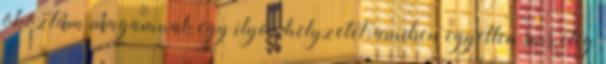
okoztam magamnak egy ilyen helyzetet, amiben egyetlen sms elég